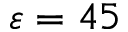
\varepsilon = 4 5